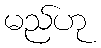
မည်ဟု